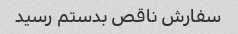
سفارش ناقص بدستم رسید